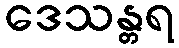
ဒေသန္တရ